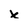
Character: x